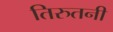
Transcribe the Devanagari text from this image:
तिरुतनी